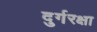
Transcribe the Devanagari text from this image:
दुर्गरक्षा